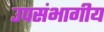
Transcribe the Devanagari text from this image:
उपसंभागीय